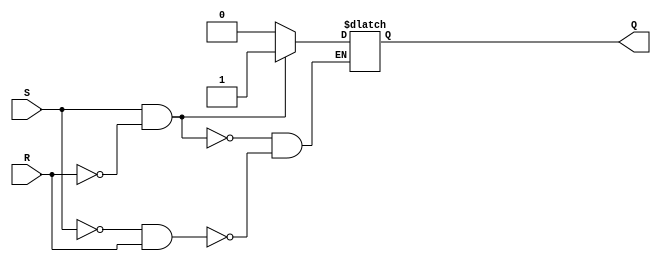
module SR_latch (
    input S,
    input R,
    output reg Q
);

always @(*) begin
    if (S && !R) begin
        Q <= 1; // Set the latch
    end 
    else if (!S && R) begin
        Q <= 0; // Reset the latch
    end 
    else begin
        // Hold previous state
    end
end

endmodule